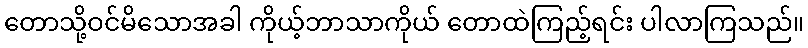
တောသို့ဝင်မိသောအခါ ကိုယ့်ဘာသာကိုယ် တောထဲကြည့်ရင်း ပါလာကြသည်။